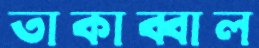
তাকাব্বাল